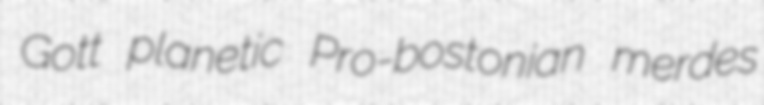
Gott planetic Pro-bostonian merdes